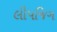
લીપજિગ